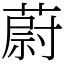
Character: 蔚